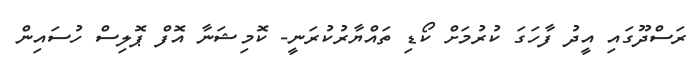
ރަސްދޫގައި އީދު ފާހަގަ ކުރުމަށް ކޯޑި ތައްޔާރުކުރަނީ- ކޮމިޝަނާ އޮފް ޕޮލިސް ހުސައިން